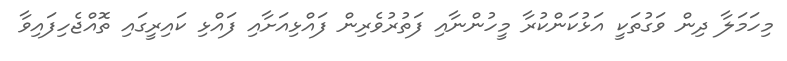
މިހަމަލާ ދިން ވަގުތަކީ އަޅުކަންކުރާ މީހުންނާއި ފަތުރުވެރިން ފައްޅިއަށާއި ފައްޅި ކައިރީގައި ތޮއްޖެހިފައިވާ